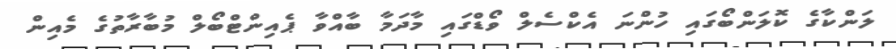
ލަންކާގެ ކޮލަންބޯގައި ހުންނަ އެކްސެލް ވޯޑްގައި މާދަމާ ބާއްވާ ޕެއިންޓްބޯލް މުބާރާތުގެ މެއިން